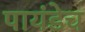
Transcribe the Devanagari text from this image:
पायंडेच